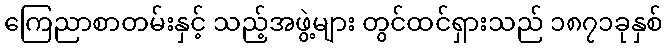
ကြေညာစာတမ်းနှင့် သည့်အဖွဲ့များ တွင်ထင်ရှားသည် ၁၈၇၁ခုနှစ်